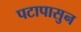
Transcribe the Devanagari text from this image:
पटापासुन